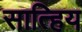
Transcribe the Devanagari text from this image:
सात्हिय